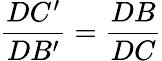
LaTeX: {\frac{DC^{\prime}}{DB^{\prime}}}={\frac{DB}{DC}}